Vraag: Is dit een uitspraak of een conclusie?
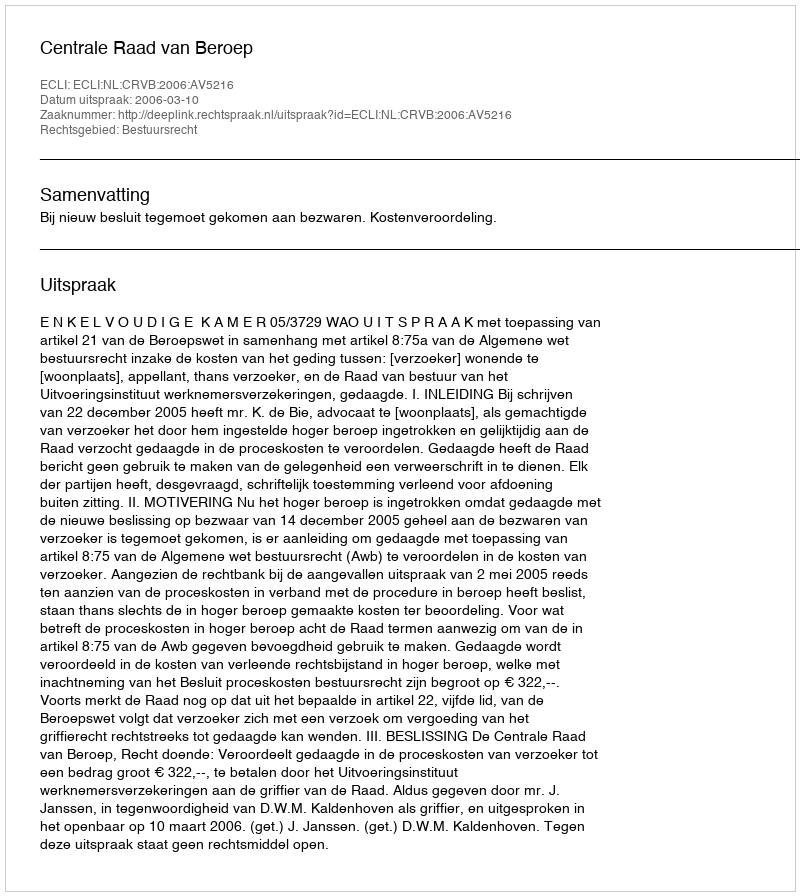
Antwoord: Uitspraak